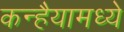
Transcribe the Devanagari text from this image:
कन्हैयामध्ये